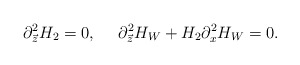
\begin{align*}\partial^{2}_{\vec{z}}H_{2}=0,\ \ \ \ \partial^{2}_{\vec{z}}H_{W}+H_{2}\partial^{2}_xH_{W}=0.\end{align*}